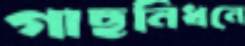
গাছনিধনে